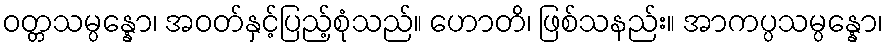
ဝတ္တသမ္ပန္နော၊ အဝတ်နှင့်ပြည့်စုံသည်။ ဟောတိ၊ ဖြစ်သနည်း။ အာကပ္ပသမ္ပန္နော၊